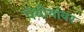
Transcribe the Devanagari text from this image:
पंथीयांवर